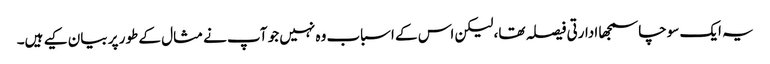
یہ ایک سوچاسمجھا ادارتی فیصلہ تھا، لیکن اس کے اسباب وہ نہیں جو آپ نے مثال کے طور پر بیان کیے ہیں۔